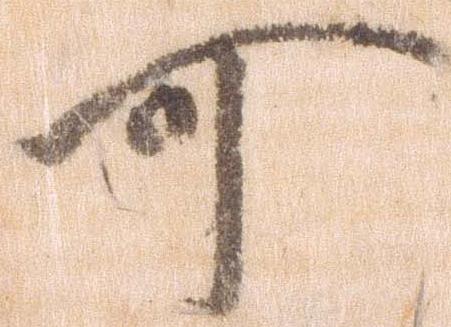
可